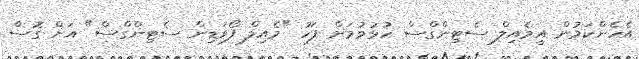
އެހެންކަމުން އީމެއިލް ސެޓިންގްސް ހުޅުވުމަށް ފަހު "މެއިލް ފޯވަޑިން ސެޓިންގްސް" އަށް ގޮސް